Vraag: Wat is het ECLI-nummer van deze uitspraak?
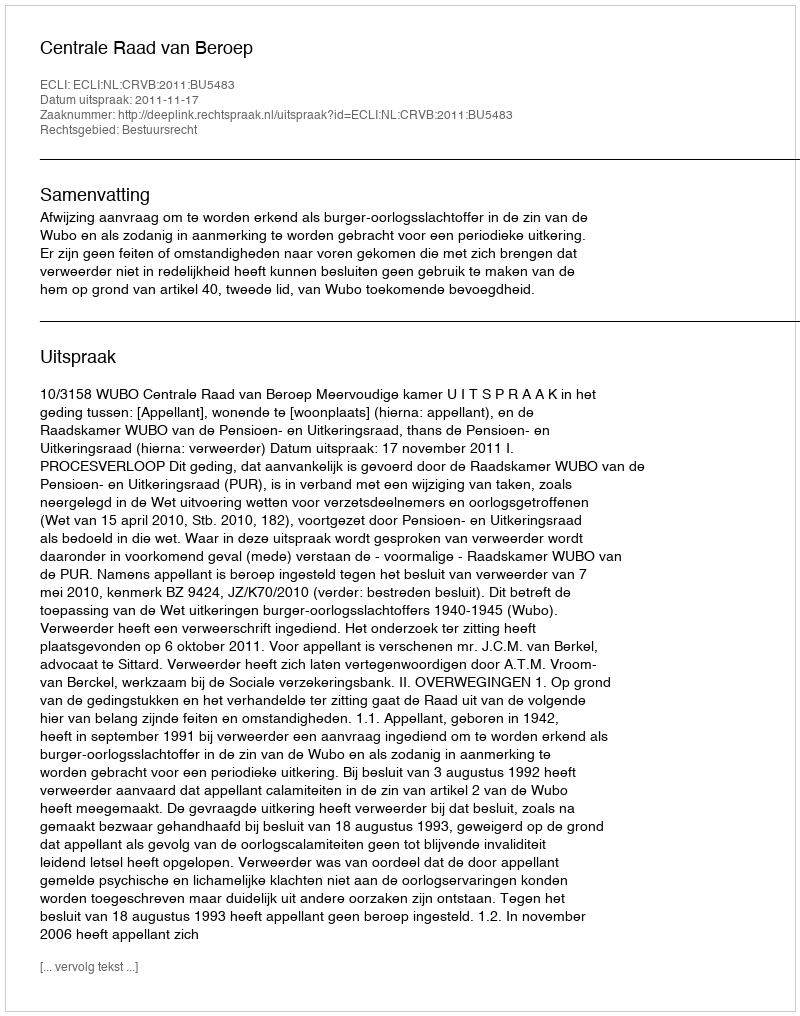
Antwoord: ECLI:NL:CRVB:2011:BU5483